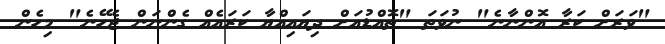
"ވަރަށް ކަރާ އޮންނާނެ" ނުވަތަ "ތޮއްޑުއަށް ދިޔައިއްޔާ ކަރައެއް ގެންނަން ޖެހޭނެ" މިހެން